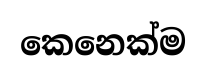
කෙනෙක්ම